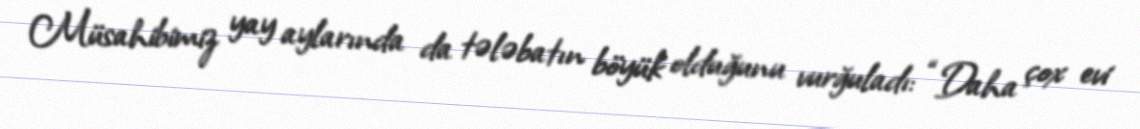
Müsahibimiz yay aylarında da tələbatın böyük olduğunu vurğuladı: “Daha çox evi